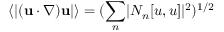
\left\langle \lvert ( { \bf u } \cdot \nabla ) { \bf u } \rvert \right\rangle = ( \sum _ { n } \lvert N _ { n } [ u , u ] \rvert ^ { 2 } ) ^ { 1 / 2 }